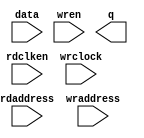
//Legal Notice: (C)2019 Altera Corporation. All rights reserved.  Your
//use of Altera Corporation's design tools, logic functions and other
//software and tools, and its AMPP partner logic functions, and any
//output files any of the foregoing (including device programming or
//simulation files), and any associated documentation or information are
//expressly subject to the terms and conditions of the Altera Program
//License Subscription Agreement or other applicable license agreement,
//including, without limitation, that your use is for the sole purpose
//of programming logic devices manufactured by Altera and sold by Altera
//or its authorized distributors.  Please refer to the applicable
//agreement for further details.

// synthesis translate_off
`timescale 1ns / 1ps
// synthesis translate_on

// turn off superfluous verilog processor warnings 
// altera message_level Level1 
// altera message_off 10034 10035 10036 10037 10230 10240 10030 

module Computer_System_SDRAM_test_component_ram_module (
                                                         // inputs:
                                                          data,
                                                          rdaddress,
                                                          rdclken,
                                                          wraddress,
                                                          wrclock,
                                                          wren,

                                                         // outputs:
                                                          q
                                                       )
;

  output  [ 31: 0] q;
  input   [ 31: 0] data;
  input   [ 24: 0] rdaddress;
  input            rdclken;
  input   [ 24: 0] wraddress;
  input            wrclock;
  input            wren;


reg     [ 31: 0] mem_array [33554431: 0];
wire    [ 31: 0] q;
reg     [ 24: 0] read_address;

//synthesis translate_off
//////////////// SIMULATION-ONLY CONTENTS
  always @(rdaddress)
    begin
      read_address = rdaddress;
    end


  // Data read is asynchronous.
  assign q = mem_array[read_address];

initial
    $readmemh("Computer_System_SDRAM_test_component.dat", mem_array);
  always @(posedge wrclock)
    begin
      // Write data
      if (wren)
          mem_array[wraddress] <= data;
    end



//////////////// END SIMULATION-ONLY CONTENTS

//synthesis translate_on
//synthesis read_comments_as_HDL on
//  always @(rdaddress)
//    begin
//      read_address = rdaddress;
//    end
//
//
//  lpm_ram_dp lpm_ram_dp_component
//    (
//      .data (data),
//      .q (q),
//      .rdaddress (read_address),
//      .rdclken (rdclken),
//      .wraddress (wraddress),
//      .wrclock (wrclock),
//      .wren (wren)
//    );
//
//  defparam lpm_ram_dp_component.lpm_file = "UNUSED",
//           lpm_ram_dp_component.lpm_hint = "USE_EAB=ON",
//           lpm_ram_dp_component.lpm_indata = "REGISTERED",
//           lpm_ram_dp_component.lpm_outdata = "UNREGISTERED",
//           lpm_ram_dp_component.lpm_rdaddress_control = "UNREGISTERED",
//           lpm_ram_dp_component.lpm_width = 32,
//           lpm_ram_dp_component.lpm_widthad = 25,
//           lpm_ram_dp_component.lpm_wraddress_control = "REGISTERED",
//           lpm_ram_dp_component.suppress_memory_conversion_warnings = "ON";
//
//synthesis read_comments_as_HDL off

endmodule


// synthesis translate_off
`timescale 1ns / 1ps
// synthesis translate_on

// turn off superfluous verilog processor warnings 
// altera message_level Level1 
// altera message_off 10034 10035 10036 10037 10230 10240 10030 

module Computer_System_SDRAM_test_component (
                                              // inputs:
                                               clk,
                                               zs_addr,
                                               zs_ba,
                                               zs_cas_n,
                                               zs_cke,
                                               zs_cs_n,
                                               zs_dqm,
                                               zs_ras_n,
                                               zs_we_n,

                                              // outputs:
                                               zs_dq
                                            )
;

  inout   [ 31: 0] zs_dq;
  input            clk;
  input   [ 12: 0] zs_addr;
  input   [  1: 0] zs_ba;
  input            zs_cas_n;
  input            zs_cke;
  input            zs_cs_n;
  input   [  3: 0] zs_dqm;
  input            zs_ras_n;
  input            zs_we_n;


wire    [ 23: 0] CODE;
wire    [ 12: 0] a;
wire    [  9: 0] addr_col;
reg     [ 14: 0] addr_crb;
wire    [  1: 0] ba;
wire             cas_n;
wire             cke;
wire    [  2: 0] cmd_code;
wire             cs_n;
wire    [  3: 0] dqm;
wire    [  2: 0] index;
reg     [  2: 0] latency;
wire    [  3: 0] mask;
wire    [ 31: 0] mem_bytes;
wire             ras_n;
reg     [ 24: 0] rd_addr_pipe_0;
reg     [ 24: 0] rd_addr_pipe_1;
reg     [ 24: 0] rd_addr_pipe_2;
reg     [  3: 0] rd_mask_pipe_0;
reg     [  3: 0] rd_mask_pipe_1;
reg     [  3: 0] rd_mask_pipe_2;
reg     [  2: 0] rd_valid_pipe;
wire    [ 24: 0] read_addr;
wire    [ 31: 0] read_data;
wire    [  3: 0] read_mask;
wire    [ 31: 0] read_temp;
wire             read_valid;
wire    [ 31: 0] rmw_temp;
wire    [ 24: 0] test_addr;
wire    [ 23: 0] txt_code;
wire             we_n;
wire    [ 31: 0] zs_dq;
initial
  begin
    $write("\n");
    $write("************************************************************\n");
    $write("This testbench includes an SOPC Builder Generated Altera model:\n");
    $write("'Computer_System_SDRAM_test_component.v', to simulate accesses to SDRAM.\n");
    $write("Initial contents are loaded from the file: 'Computer_System_SDRAM_test_component.dat'.\n");
    $write("************************************************************\n");
  end
  //Synchronous write when (CODE == 24'h205752 (write))
  Computer_System_SDRAM_test_component_ram_module Computer_System_SDRAM_test_component_ram
    (
      .data      (rmw_temp),
      .q         (read_data),
      .rdaddress ((CODE == 24'h205752) ? test_addr : read_addr),
      .rdclken   (1'b1),
      .wraddress (test_addr),
      .wrclock   (clk),
      .wren      (CODE == 24'h205752)
    );

  assign cke = zs_cke;
  assign cs_n = zs_cs_n;
  assign ras_n = zs_ras_n;
  assign cas_n = zs_cas_n;
  assign we_n = zs_we_n;
  assign dqm = zs_dqm;
  assign ba = zs_ba;
  assign a = zs_addr;
  assign cmd_code = {ras_n, cas_n, we_n};
  assign CODE = (&cs_n) ? 24'h494e48 : txt_code;
  assign addr_col = a[9 : 0];
  assign test_addr = {addr_crb, addr_col};
  assign mem_bytes = read_data;
  assign rmw_temp[7 : 0] = dqm[0] ? mem_bytes[7 : 0] : zs_dq[7 : 0];
  assign rmw_temp[15 : 8] = dqm[1] ? mem_bytes[15 : 8] : zs_dq[15 : 8];
  assign rmw_temp[23 : 16] = dqm[2] ? mem_bytes[23 : 16] : zs_dq[23 : 16];
  assign rmw_temp[31 : 24] = dqm[3] ? mem_bytes[31 : 24] : zs_dq[31 : 24];
  // Handle Input.
  always @(posedge clk)
    begin
      // No Activity of Clock Disabled
      if (cke)
        begin
          // LMR: Get CAS_Latency.
          if (CODE == 24'h4c4d52)
              latency <= a[6 : 4];
          // ACT: Get Row/Bank Address.
          if (CODE == 24'h414354)
              addr_crb <= {ba[1], a, ba[0]};
          rd_valid_pipe[2] <= rd_valid_pipe[1];
          rd_valid_pipe[1] <= rd_valid_pipe[0];
          rd_valid_pipe[0] <= CODE == 24'h205244;
          rd_addr_pipe_2 <= rd_addr_pipe_1;
          rd_addr_pipe_1 <= rd_addr_pipe_0;
          rd_addr_pipe_0 <= test_addr;
          rd_mask_pipe_2 <= rd_mask_pipe_1;
          rd_mask_pipe_1 <= rd_mask_pipe_0;
          rd_mask_pipe_0 <= dqm;
        end
    end


  assign read_temp[7 : 0] = mask[0] ? 8'bz : read_data[7 : 0];
  assign read_temp[15 : 8] = mask[1] ? 8'bz : read_data[15 : 8];
  assign read_temp[23 : 16] = mask[2] ? 8'bz : read_data[23 : 16];
  assign read_temp[31 : 24] = mask[3] ? 8'bz : read_data[31 : 24];
  //use index to select which pipeline stage drives addr
  assign read_addr = (index == 0)? rd_addr_pipe_0 :
    (index == 1)? rd_addr_pipe_1 :
    rd_addr_pipe_2;

  //use index to select which pipeline stage drives mask
  assign read_mask = (index == 0)? rd_mask_pipe_0 :
    (index == 1)? rd_mask_pipe_1 :
    rd_mask_pipe_2;

  //use index to select which pipeline stage drives valid
  assign read_valid = (index == 0)? rd_valid_pipe[0] :
    (index == 1)? rd_valid_pipe[1] :
    rd_valid_pipe[2];

  assign index = latency - 1'b1;
  assign mask = read_mask;
  assign zs_dq = read_valid ? read_temp : {32{1'bz}};

//synthesis translate_off
//////////////// SIMULATION-ONLY CONTENTS
  assign txt_code = (cmd_code == 3'h0)? 24'h4c4d52 :
    (cmd_code == 3'h1)? 24'h415246 :
    (cmd_code == 3'h2)? 24'h505245 :
    (cmd_code == 3'h3)? 24'h414354 :
    (cmd_code == 3'h4)? 24'h205752 :
    (cmd_code == 3'h5)? 24'h205244 :
    (cmd_code == 3'h6)? 24'h425354 :
    (cmd_code == 3'h7)? 24'h4e4f50 :
    24'h424144;


//////////////// END SIMULATION-ONLY CONTENTS

//synthesis translate_on

endmodule